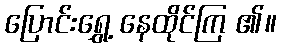
ပြောင်းရွှေ့ နေထိုင်ကြ ၏။